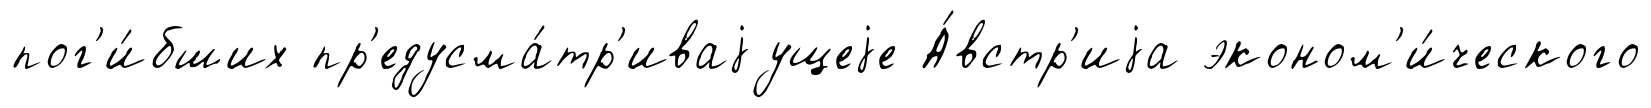
пог'и́бших пр'едусма́тр'иваjущеjе А́встр'иjа эконом'и́ческого